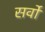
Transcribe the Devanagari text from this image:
सर्वों